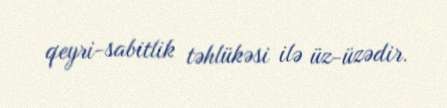
qeyri-sabitlik təhlükəsi ilə üz-üzədir.